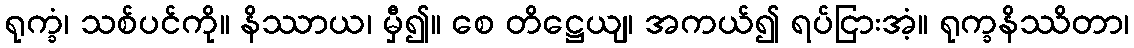
ရုက္ခံ၊ သစ်ပင်ကို။ နိဿာယ၊ မှီ၍။ စေ တိဋ္ဌေယျ၊ အကယ်၍ ရပ်ငြားအံ့။ ရုက္ခနိဿိတာ၊